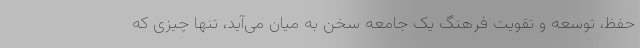
حفظ، توسعه و تقویت فرهنگ یک جامعه سخن به میان می‌آید، تنها چیزی که